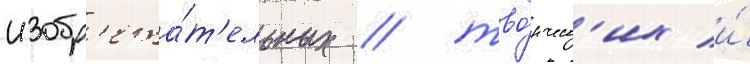
изобр'ета́т'ельных / тво́рческ'их и́